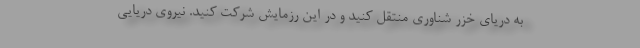
به دریای خزر شناوری منتقل کنید و در این رزمایش شرکت کنید. نیروی دریایی